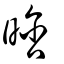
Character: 晗